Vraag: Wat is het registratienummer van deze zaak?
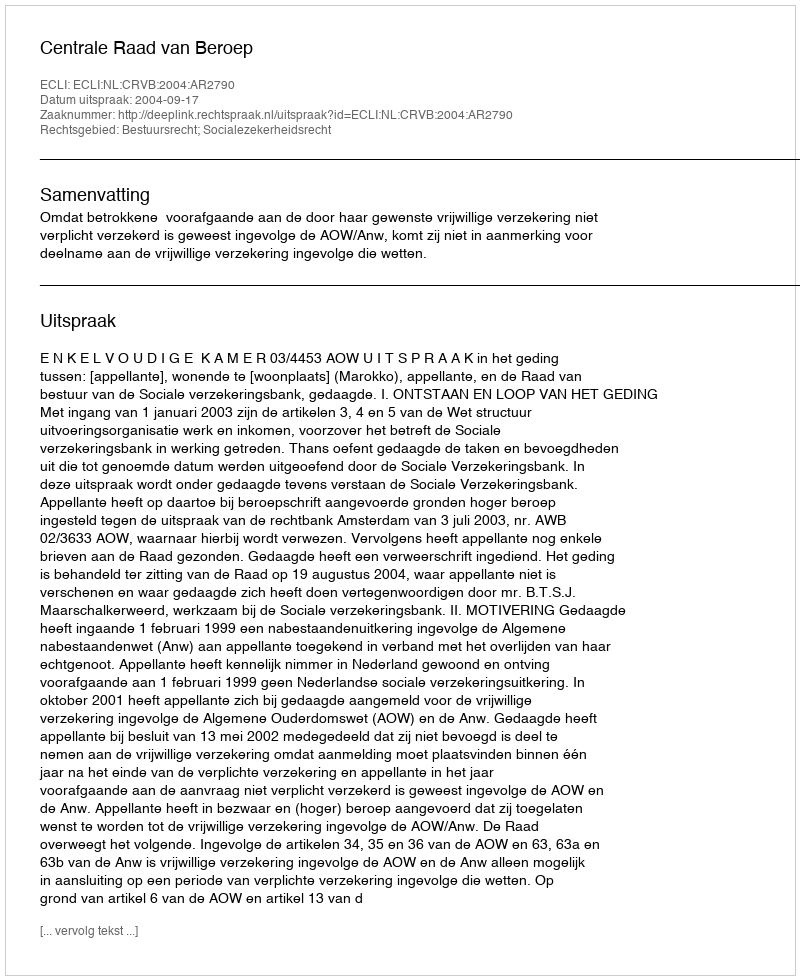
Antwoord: http://deeplink.rechtspraak.nl/uitspraak?id=ECLI:NL:CRVB:2004:AR2790